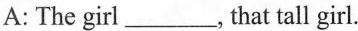
A: The girl___，that tall girl..